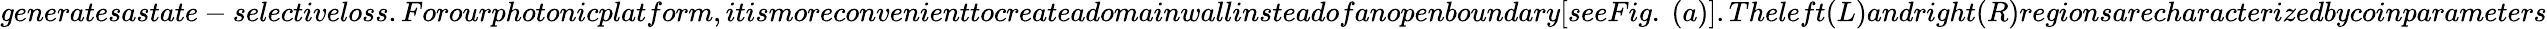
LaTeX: generatesastate-selectiveloss.Forourphotonicplatform,itismoreconvenienttocreateadomainwallinsteadofanopenboundary[seeFig.~(a)].Theleft(L)andright(R)regionsarecharacterizedbycoinparameters